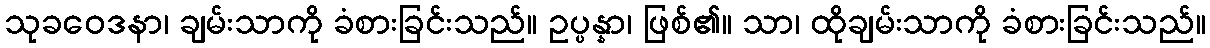
သုခဝေဒနာ၊ ချမ်းသာကို ခံစားခြင်းသည်။ ဥပ္ပန္နာ၊ ဖြစ်၏။ သာ၊ ထိုချမ်းသာကို ခံစားခြင်းသည်။